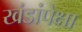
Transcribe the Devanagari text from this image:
खंडांपेक्षा